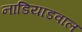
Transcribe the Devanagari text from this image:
नाडियाडवाल